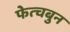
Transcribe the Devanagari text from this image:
फेत्चबुन